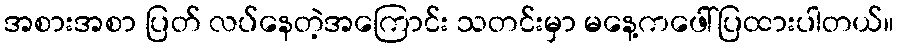
အစားအစာ ပြတ် လပ်နေတဲ့အကြောင်း သတင်းမှာ မနေ့ကဖေါ်ပြထားပါတယ်။